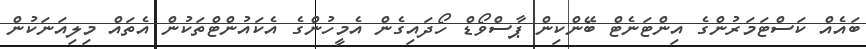
ބައެއް ކަސްޓަމަރުންގެ އިންޓަނެޓް ބޭންކިން ޕާސްވޯޑް ހޯދައިގެން އެމީހުންގެ އެކައުންޓްތަކުން އެތައް މިލިއަނަކުން